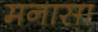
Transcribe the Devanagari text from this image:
मनासा